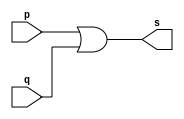
// -- PUC Minas - Instituto de Ciencias Exatas e Informatica
// -- Ciencia da Computacao - Professor Theldo Cruz
// Nome: ANA CRISTINA PEREIRA TEIXEIRA

// Exemplo0004 - OR

// ------------------------- 
// -- or gate 
// ------------------------- 
module orgate ( output s, input p, q);
	assign s = p | q;
endmodule // orgate
 
// --------------------- 
// -- test or gate 
// --------------------- 
module testorgate;
	// ------------------------- dados locais
	reg a, b; // definir registradores
	wire s; // definir conexao (fio)
	
	// ------------------------- instancia
	orgate OR1 (s, a, b);
	
	// ------------------------- preparacao
	initial begin:start
		// atribuicao simultanea
		// dos valores iniciais
		a=0; b=0;
	end
	
	// ------------------------- parte principal
	initial begin
		$display("Exemplo 0004 - ANA CRISTINA - 427385");
		$display("Test OR gate");
		$display("\na & b = s\n");
		a=0; b=0;
		
		#1 $display("%b & %b = %b", a, b, s);
		a=0; b=1;
		
		#1 $display("%b & %b = %b", a, b, s);
		a=1; b=0;
		
		#1 $display("%b & %b = %b", a, b, s);
		a=1; b=1;
		
		#1 $display("%b & %b = %b", a, b, s);
	end
endmodule // testorgate

// -- Testes
// Exemplo 0004 - ANA CRISTINA - 427385
// Test OR gate
// a & b = s
// 0 & 0 = 0
// 0 & 1 = 1
// 1 & 0 = 1
// 1 & 1 = 1